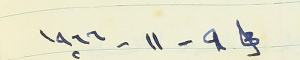
في ٩ - ١١ - ١٩٦٦